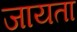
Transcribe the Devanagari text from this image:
जायता